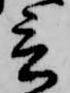
言